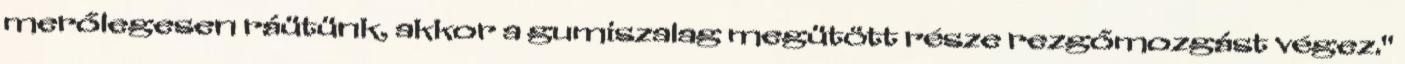
merőlegesen ráütünk, akkor a gumiszalag megütött része rezgőmozgást végez."